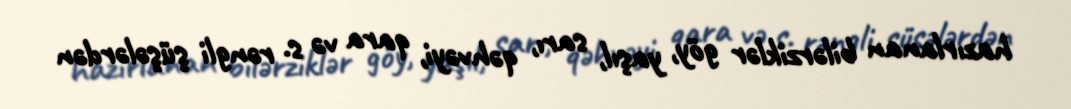
hazırlanan bilərziklər göy, yaşıl, sarı, qəhvəyi, qara və s. rəngli şüşələrdən